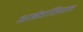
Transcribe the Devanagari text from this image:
आईवाज़ियान